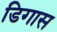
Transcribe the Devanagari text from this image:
डिगास